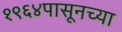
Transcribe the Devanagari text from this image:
१९६४पासूनच्या